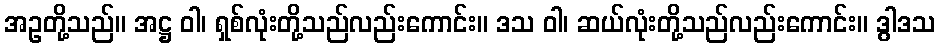
အဥတို့သည်။ အဋ္ဌ ဝါ၊ ရှစ်လုံးတို့သည်လည်းကောင်း။ ဒသ ဝါ၊ ဆယ်လုံးတို့သည်လည်းကောင်း။ ဒွါဒသ